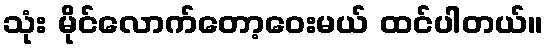
သုံး မိုင်လောက်တော့ဝေးမယ် ထင်ပါတယ်။